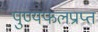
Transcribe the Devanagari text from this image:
पुण्यफलप्राप्त